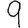
Digit: 9